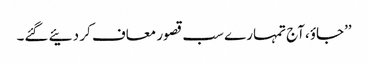
’’جاؤ،آج تمہارے سب قصور معاف کر دئیے گئے۔